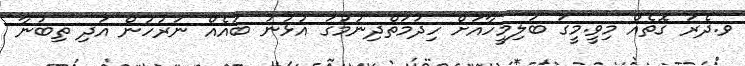
ވ.ދެރަ ގޮތެއް މިވީ.މީގަ ބަލިމީހާއަށް ހިދުމަތްދިނުމުގަ އުޅުނު ބައެއް ނަރުހުން އަދި ތިބުނާ